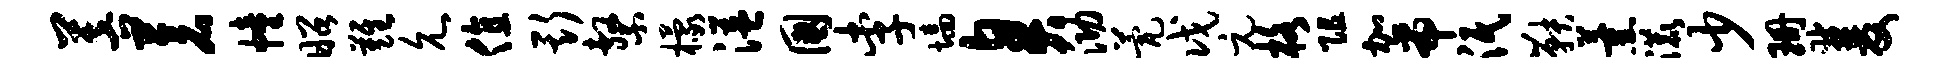
菩苍幢昭难允值斯系檬溢国李墙臭泐甍戊元格阻加帝泯鞅薰漉少珊双